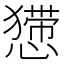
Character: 𢢐